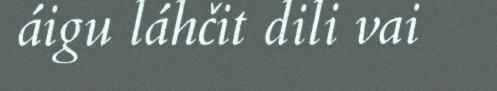
áigu láhčit dili vai